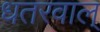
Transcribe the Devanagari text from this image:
धतरवाल्